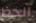
الحظ